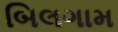
બિલગામ